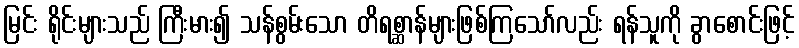
မြင်း ရိုင်းများသည် ကြီးမား၍ သန်စွမ်းသော တိရစ္ဆာန်များဖြစ်ကြသော်လည်း ရန်သူကို ခွာစောင်းဖြင့်